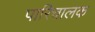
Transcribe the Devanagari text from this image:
पारिचालक